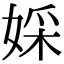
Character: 婇